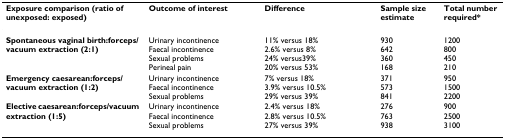
| Exposure comparison (ratio of unexposed: exposed) | Outcome of interest | Difference | Sample size estimate | Total number required* |
 | --- | --- | --- | --- | --- |
 | Spontaneous vaginal birth:forceps/vacuumextraction (2:1) | Urinary incontinenceFaecal incontinenceSexual problemsPerineal pain | 11% versus 18%2.6% versus 8%24% versus39%20% versus 53% | 930642360168 | 1200800450210 |
 | Emergency caesarean:forceps/vacuum extraction (1:2) | Urinary incontinenceFaecal incontinenceSexual problems | 7% versus 18%3.9% versus 10.5%29% versus 39% | 371573841 | 95015002200 |
 | Elective caesarean:forceps/vacuum extraction (1:5) | Urinary incontinenceFaecal incontinenceSexual problems | 2.4% versus 18%2.8% versus 10.5%27% versus 39% | 276763938 | 90025003100 |